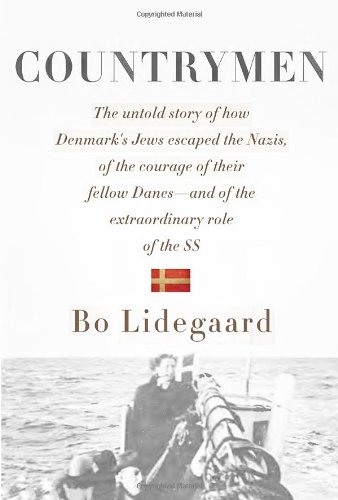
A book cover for Countrymen; Bo Lidegaard; History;